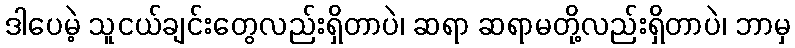
ဒါပေမဲ့ သူငယ်ချင်းတွေလည်းရှိတာပဲ၊ ဆရာ ဆရာမတို့လည်းရှိတာပဲ၊ ဘာမှ